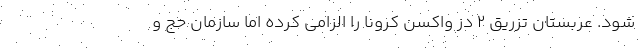
شود. عربستان تزریق ۲ دز واکسن کرونا را الزامی کرده اما سازمان حج و